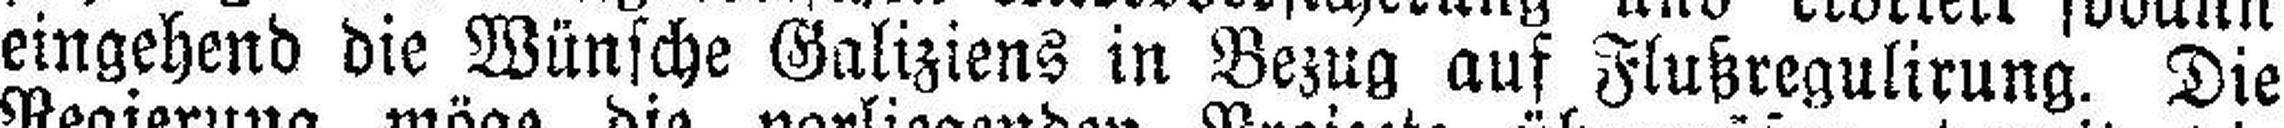
eingehend die Wünsche Galiziens in Bezug auf Flußregulirung. Die